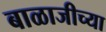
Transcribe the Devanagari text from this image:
बाळाजीच्या